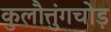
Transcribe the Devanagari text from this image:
कुलौत्तुंगचोड़